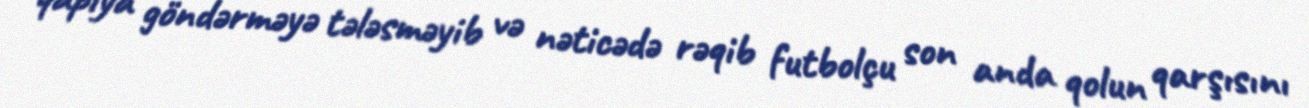
qapıya göndərməyə tələsməyib və nəticədə rəqib futbolçu son anda qolun qarşısını